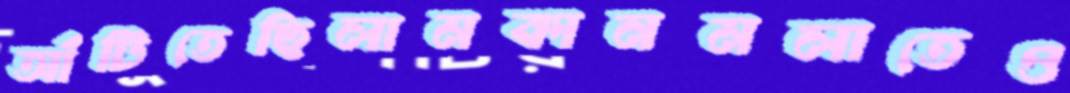
আঁটিতেছিলামকানমলাতেও